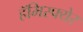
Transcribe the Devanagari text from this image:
हॅमिस्फ्येर